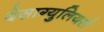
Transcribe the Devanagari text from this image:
देसाग्युलियर्स